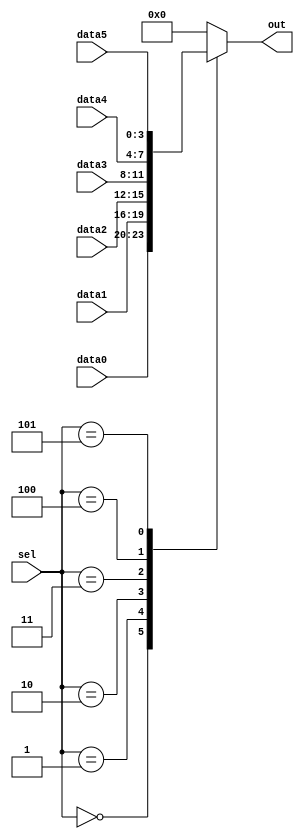
// synthesis verilog_input_version verilog_2001
module top_module ( 
    input [2:0] sel, 
    input [3:0] data0,
    input [3:0] data1,
    input [3:0] data2,
    input [3:0] data3,
    input [3:0] data4,
    input [3:0] data5,
    output reg [3:0] out   );//

    always@(*)
    begin
        case(sel)
            3'b000:
                out = data0;
            3'b001:
                out = data1;
            3'b010:
                out = data2;
            3'b011:
                out = data3;
            3'b100:
                out = data4;
            3'b101:
                out = data5;
            default:
                out = 3'b000;
        endcase

    end

endmodule